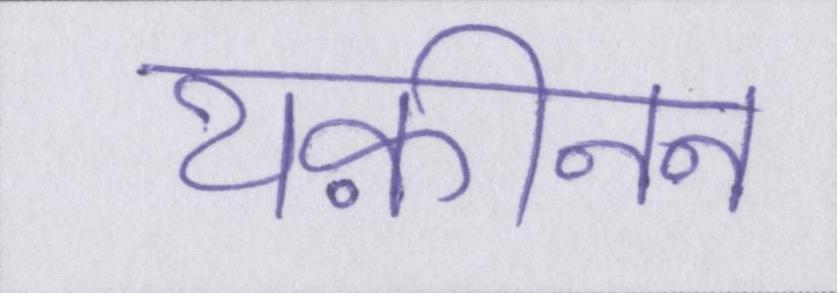
यक़ीनन